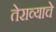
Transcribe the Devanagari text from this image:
तेराव्याचे